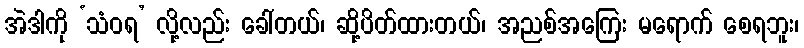
အဲဒါကို ‘သံဝရ’ လို့လည်း ခေါ်တယ်၊ ဆို့ပိတ်ထားတယ်၊ အညစ်အကြေး မရောက် စေရဘူး၊